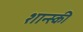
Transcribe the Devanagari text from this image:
शान्स्की